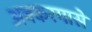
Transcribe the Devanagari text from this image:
अक्करमासे